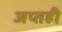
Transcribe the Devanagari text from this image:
जप्‍तही